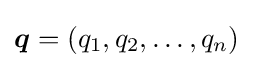
{\boldsymbol {q}}=(q_{1},q_{2},\dots ,q_{n})